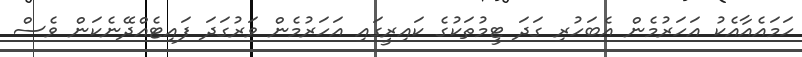
ހަމައެއާއެކު އަހަރުމެން އެބަހުރި ގަދަ ޓީމުތަކުގެ ކައިރީގައި އަހަރުމެން ވަރުގަދަ ފައިޓެއްދޭނެކަން ވެސް